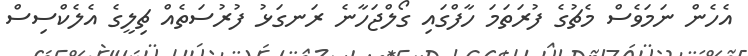
އެހެން ނަމަވެސް މެޗުގެ ފުރަތަމަ ހާފްގައި ގޯލްޖަހާނެ ރަނގަޅު ފުރުސަތެއް ޗިލީގެ އެލެކްސިސް